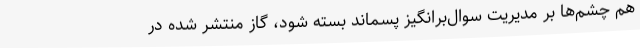
هم چشم‌ها بر مدیریت سوال‌برانگیز پسماند بسته شود، گاز منتشر شده در